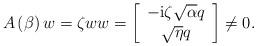
LaTeX: \begin{align*}A\left( \beta\right) w=\zeta ww=\left[\begin{array}[c]{c}-\mathrm{i}\zeta\sqrt{\alpha}q\\\sqrt{\eta}q\end{array}\right] \not =0. \end{align*}